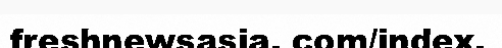
freshnewsasia. com/index.